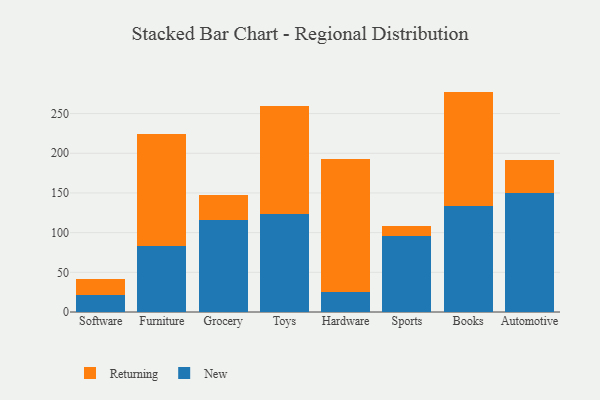
{"axis": {"x": "Category", "y": "Tickets Resolved"}, "legend": ["New", "Returning"], "data": [{"x": "Software", "y": 21.4, "type": "New"}, {"x": "Software", "y": 19.6, "type": "Returning"}, {"x": "Furniture", "y": 83.3, "type": "New"}, {"x": "Furniture", "y": 140.5, "type": "Returning"}, {"x": "Grocery", "y": 115.5, "type": "New"}, {"x": "Grocery", "y": 32.0, "type": "Returning"}, {"x": "Toys", "y": 124.0, "type": "New"}, {"x": "Toys", "y": 135.9, "type": "Returning"}, {"x": "Hardware", "y": 25.6, "type": "New"}, {"x": "Hardware", "y": 167.3, "type": "Returning"}, {"x": "Sports", "y": 95.8, "type": "New"}, {"x": "Sports", "y": 12.4, "type": "Returning"}, {"x": "Books", "y": 133.6, "type": "New"}, {"x": "Books", "y": 144.1, "type": "Returning"}, {"x": "Automotive", "y": 149.9, "type": "New"}, {"x": "Automotive", "y": 42.0, "type": "Returning"}]}